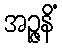
အဉ္ဇနိံ